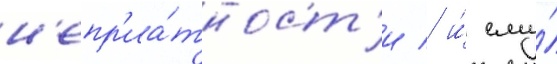
н'епр'иа́тност'и / и́ ему́